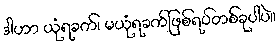
ဒါဟာ ယုံရခက်၊ မယုံရခက်ဖြစ်ရပ်တစ်ခုပါပဲ။